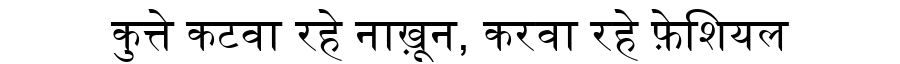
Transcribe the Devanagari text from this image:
कुत्ते कटवा रहे नाख़ून, करवा रहे फ़ेशियल